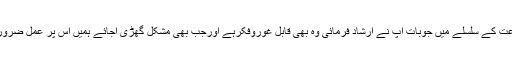
صبر اور قناعت کے سلسلے میں جوبات آپؐ نے ارشاد فرمائی وہ بھی قابلِ غوروفکرہے اورجب بھی مشکل گھڑی آجائے ہمیں اس پر عمل ضرور کرناچاہئے۔